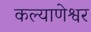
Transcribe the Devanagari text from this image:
कल्याणेश्वर